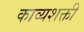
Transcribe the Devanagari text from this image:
काव्यशक्ती